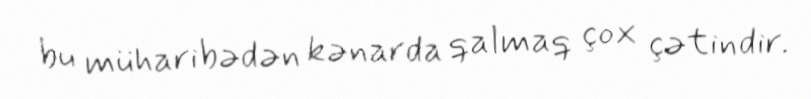
bu müharibədən kənarda qalmaq çox çətindir.